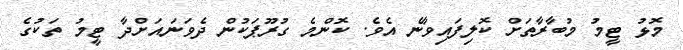
މޮޅު ޓީމު މުބާރާތަށް ކޮލިފައިވާނެ އެވެ. ކޮންމެ ގުރޫޕަކުން ދެވަނައަށްދާ ޓީމު ތަކުގެ